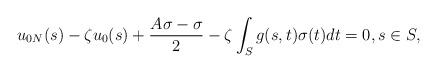
LaTeX: \begin{align*} u_{0N}(s)-\zeta u_0(s)+\frac{A\sigma-\sigma}{2} -\zeta\int_S g(s,t)\sigma(t)dt=0, s\in S,\end{align*}